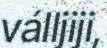
válljiji,